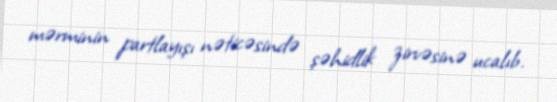
mərminin partlayışı nəticəsində şəhidlik zirvəsinə ucalıb.